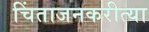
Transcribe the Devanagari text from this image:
चिंताजनकरीत्या